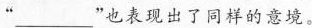
”___”也表现出了同样的意境。